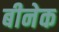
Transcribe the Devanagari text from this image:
बीनेक